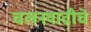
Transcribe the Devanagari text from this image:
चलनवाढीचे